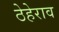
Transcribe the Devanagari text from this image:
ठेहेराव